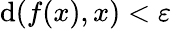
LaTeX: \mathrm{d}(f(x),x)<\varepsilon